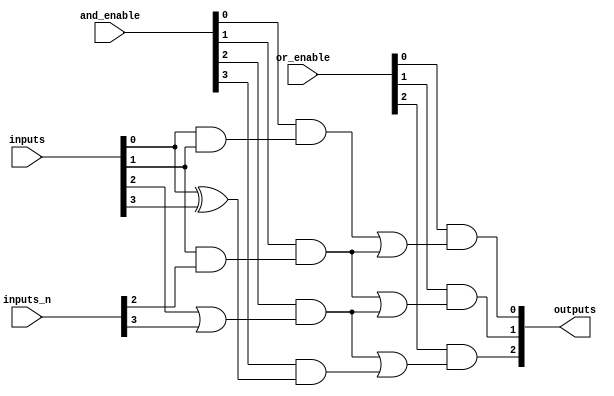
module PLA (
    input wire [3:0] inputs, // 4 primary inputs
    input wire [3:0] inputs_n, // 4 complements of primary inputs
    input wire [3:0] and_enable, // Control signals to enable AND gates
    input wire [3:0] or_enable, // Control signals to enable OR gates
    output wire [2:0] outputs // 3 outputs from OR gates
);

// AND Array
wire [3:0] and_out; // Output of AND gates
assign and_out[0] = and_enable[0] & (inputs[0] & inputs[1]); // AND gate 1
assign and_out[1] = and_enable[1] & (inputs[1] & inputs_n[2]); // AND gate 2
assign and_out[2] = and_enable[2] & (inputs[2] | inputs_n[3]); // AND gate 3
assign and_out[3] = and_enable[3] & (inputs[0] ^ inputs[3]); // AND gate 4

// OR Array
wire [2:0] or_out; // Output of OR gates
assign or_out[0] = or_enable[0] & (and_out[0] | and_out[1]); // OR gate 1
assign or_out[1] = or_enable[1] & (and_out[1] | and_out[2]); // OR gate 2
assign or_out[2] = or_enable[2] & (and_out[2] | and_out[3]); // OR gate 3

// Final Outputs
assign outputs = or_out;

endmodule